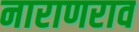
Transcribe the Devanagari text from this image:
नाराणराव